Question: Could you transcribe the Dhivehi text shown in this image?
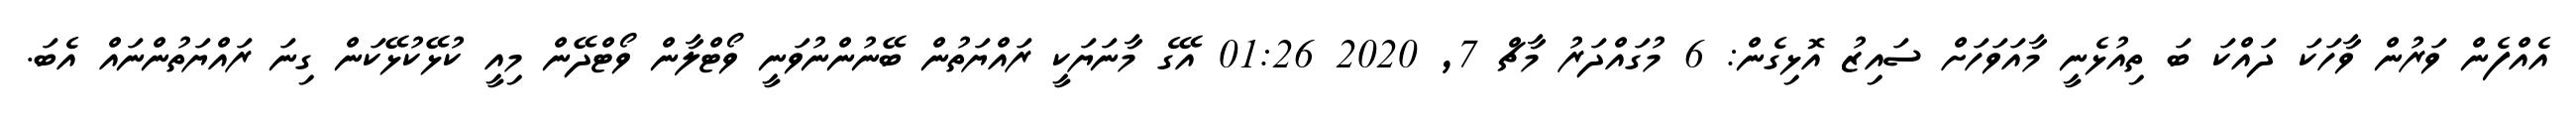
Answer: އެއްފެން ވަރުން ވާހަކަ ދައްކަ ބަ ތިއުޅެނީ މާއަވަހަށް ސައިޒު އޮޅިގެން: 6 މުގައްދަރު މާޗް 7, 2020 01:26 އޭގެ މާނަޔަކީ ރައްޔަތުން ބޭނުންނުވަނީ ވޯޓްލާން ވޯޓްދޭން މިއީ ކުޅޭކުޅޭކަން ގިނަ ރައްޔަތުންނައް އެބަ.